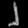
Digit: ၂